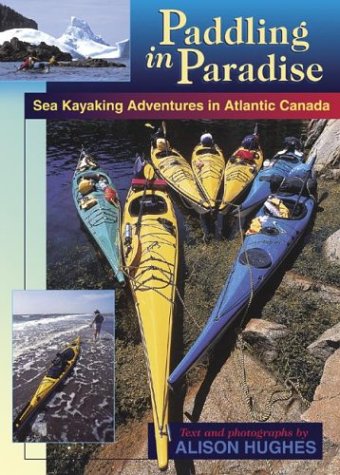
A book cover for Paddling in Paradise: Sea Kayaking Adventures in Atlantic Canada; Alison Hughes; Sports & Outdoors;